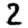
Digit: 2